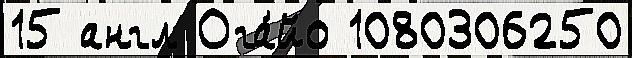
15 англ Ога́йо 1080306250